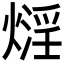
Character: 𤎛